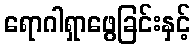
ရောဂါရှာဖွေခြင်းနှင့်